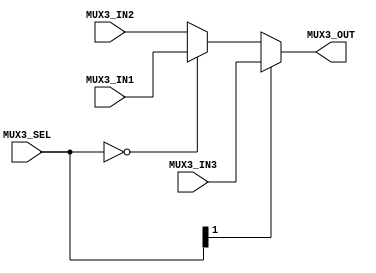
module MUX3 (MUX3_IN1, MUX3_IN2, MUX3_IN3, MUX3_SEL, MUX3_OUT);
    
    parameter LENGTH = 0;
    input [1:0] MUX3_SEL;
    input [LENGTH-1:0] MUX3_IN1, MUX3_IN2, MUX3_IN3;
    output [LENGTH-1:0] MUX3_OUT;
    wire mux_out;
    assign MUX3_OUT = (MUX3_SEL[1] == 0) ? ((MUX3_SEL == 0) ? MUX3_IN1 : MUX3_IN2) : MUX3_IN3;

endmodule